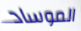
الموساد